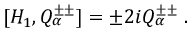
[ H _ { 1 } , Q _ { \alpha } ^ { \pm \pm } ] = \pm 2 i Q _ { \alpha } ^ { \pm \pm } \; .